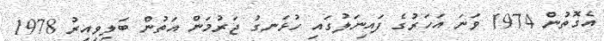
އެގޮތުން 1974 ވަނަ އަހަރުގެ ފައިނަލުގައި ހުޅަނގު ޖަރުމަން އަތުން ބަލިވިއިރު 1978